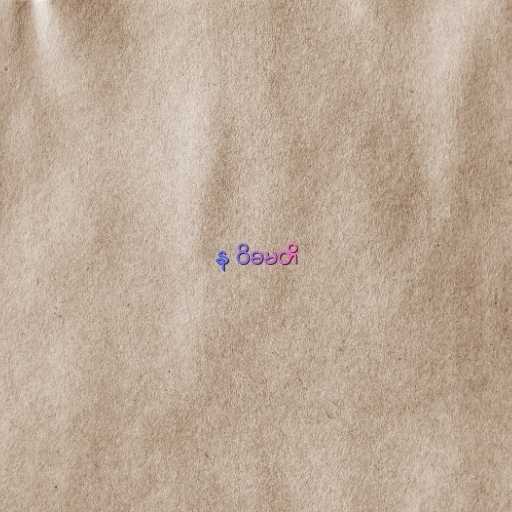
န ဝိဓမတိ